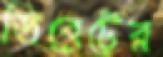
ডিবেটের